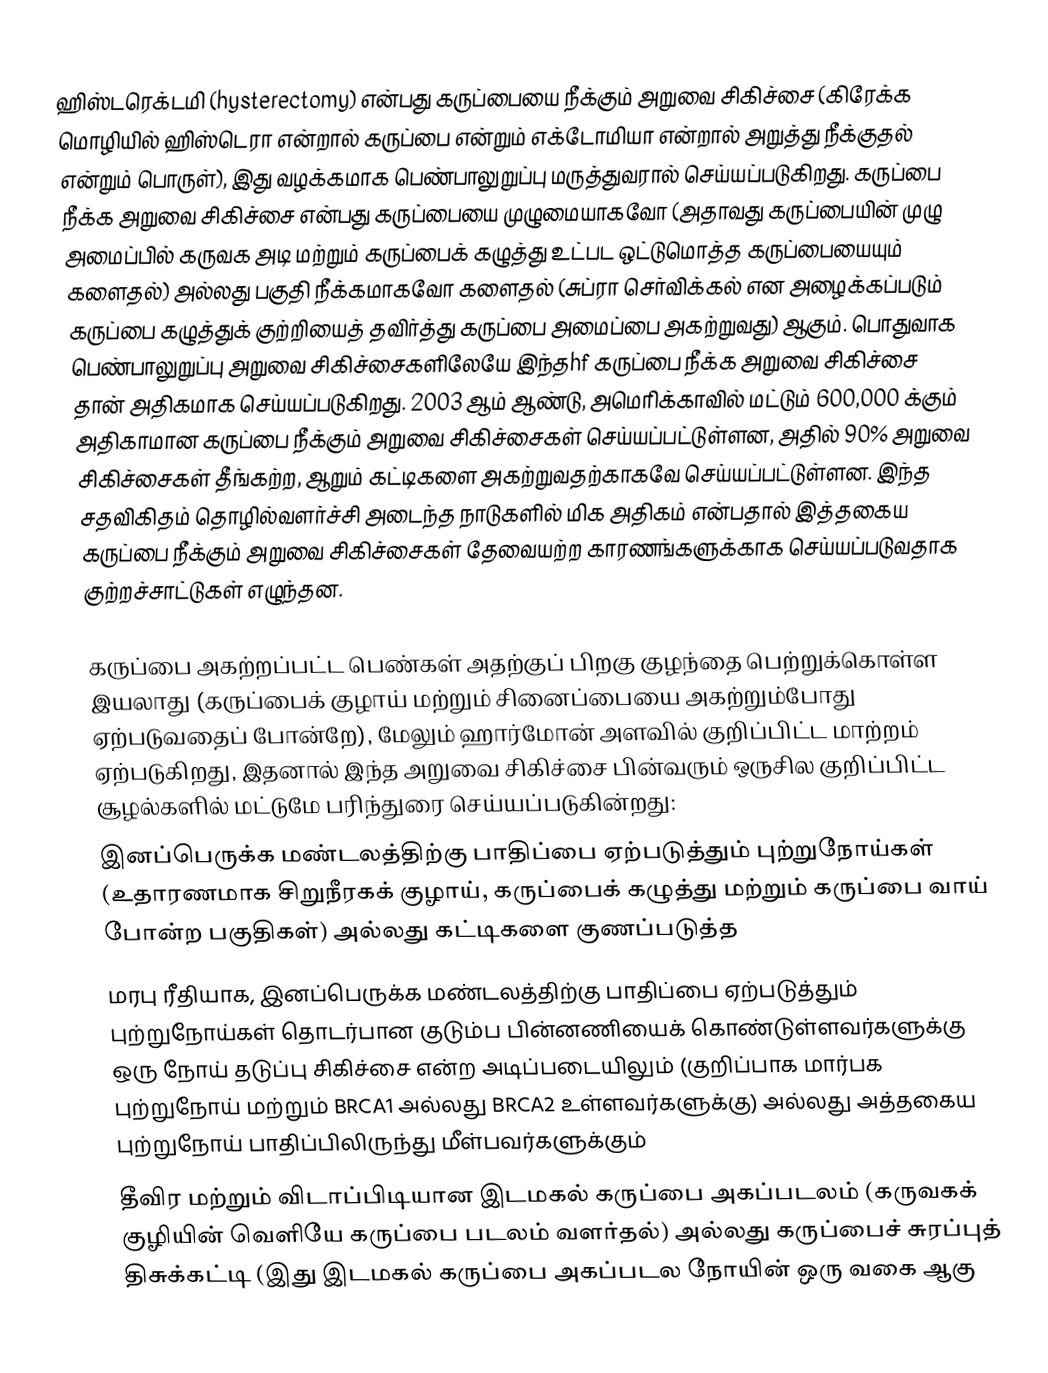
ஹிஸ்டரெக்டமி (hysterectomy) என்பது கருப்பையை நீக்கும் அறுவை சிகிச்சை (கிரேக்க மொழியில் ஹிஸ்டெரா என்றால் கருப்பை என்றும்  எக்டோமியா என்றால் அறுத்து நீக்குதல் என்றும் பொருள்), இது வழக்கமாக பெண்பாலுறுப்பு மருத்துவரால் செய்யப்படுகிறது. கருப்பை நீக்க அறுவை சிகிச்சை என்பது கருப்பையை முழுமையாகவோ (அதாவது கருப்பையின் முழு அமைப்பில் கருவக அடி மற்றும் கருப்பைக் கழுத்து உட்பட ஒட்டுமொத்த கருப்பையையும் களைதல்) அல்லது பகுதி நீக்கமாகவோ களைதல் (சுப்ரா செர்விக்கல் என அழைக்கப்படும் கருப்பை கழுத்துக் குற்றியைத் தவிர்த்து கருப்பை அமைப்பை அகற்றுவது) ஆகும். பொதுவாக பெண்பாலுறுப்பு அறுவை சிகிச்சைகளிலேயே இந்தhf கருப்பை நீக்க அறுவை சிகிச்சை தான் அதிகமாக செய்யப்படுகிறது. 2003 ஆம் ஆண்டு, அமெரிக்காவில் மட்டும் 600,000 க்கும் அதிகாமான கருப்பை நீக்கும் அறுவை சிகிச்சைகள் செய்யப்பட்டுள்ளன, அதில் 90% அறுவை சிகிச்சைகள் தீங்கற்ற, ஆறும் கட்டிகளை அகற்றுவதற்காகவே செய்யப்பட்டுள்ளன. இந்த சதவிகிதம் தொழில்வளர்ச்சி அடைந்த நாடுகளில் மிக அதிகம் என்பதால் இத்தகைய கருப்பை நீக்கும் அறுவை சிகிச்சைகள் தேவையற்ற காரணங்களுக்காக செய்யப்படுவதாக குற்றச்சாட்டுகள் எழுந்தன.

கருப்பை அகற்றப்பட்ட பெண்கள் அதற்குப் பிறகு குழந்தை பெற்றுக்கொள்ள இயலாது (கருப்பைக் குழாய் மற்றும் சினைப்பையை அகற்றும்போது ஏற்படுவதைப் போன்றே), மேலும் ஹார்மோன் அளவில் குறிப்பிட்ட மாற்றம் ஏற்படுகிறது, இதனால் இந்த அறுவை சிகிச்சை பின்வரும் ஒருசில குறிப்பிட்ட சூழல்களில் மட்டுமே பரிந்துரை செய்யப்படுகின்றது:
 இனப்பெருக்க மண்டலத்திற்கு பாதிப்பை ஏற்படுத்தும் புற்றுநோய்கள் (உதாரணமாக சிறுநீரகக் குழாய், கருப்பைக் கழுத்து மற்றும் கருப்பை வாய் போன்ற பகுதிகள்) அல்லது கட்டிகளை குணப்படுத்த
 மரபு ரீதியாக, இனப்பெருக்க மண்டலத்திற்கு பாதிப்பை ஏற்படுத்தும் புற்றுநோய்கள் தொடர்பான குடும்ப பின்னணியைக் கொண்டுள்ளவர்களுக்கு ஒரு நோய் தடுப்பு சிகிச்சை என்ற அடிப்படையிலும் (குறிப்பாக மார்பக புற்றுநோய் மற்றும் BRCA1 அல்லது BRCA2 உள்ளவர்களுக்கு) அல்லது அத்தகைய புற்றுநோய் பாதிப்பிலிருந்து மீள்பவர்களுக்கும்
 தீவிர மற்றும் விடாப்பிடியான இடமகல் கருப்பை அகப்படலம் (கருவகக் குழியின் வெளியே கருப்பை படலம் வளர்தல்) அல்லது கருப்பைச் சுரப்புத் திசுக்கட்டி (இது இடமகல் கருப்பை அகப்படல நோயின் ஒரு வகை ஆகு